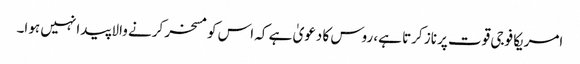
امریکا فوجی قوت پر ناز کرتا ہے، روس کا دعویٰ ہے کہ اس کو مسخر کرنے والا پیدا نہیں ہوا۔